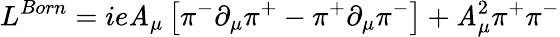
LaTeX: L^{Born}=ie\mathit{A}_{\mu}\left[\pi^{-}\partial_{\mu}\pi^{+}-\pi^{+}\partial_{\mu}\pi^{-}\right]+\mathit{A}_{\mu}^{2}\pi^{+}\pi^{-}